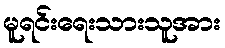
မူရင်းရေးသားသူအား